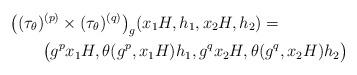
LaTeX: \begin{align*} &\big((\tau_\theta)^{(p)}\times(\tau_\theta)^{(q)} \big)_g(x_1H,h_1,x_2H,h_2)=\\ &\qquad \big(g^px_1H,\theta(g^p,x_1H)h_1,g^qx_2H, \theta(g^q,x_2H)h_2\big)\end{align*}